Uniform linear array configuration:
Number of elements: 4
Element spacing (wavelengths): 0.25
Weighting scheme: binomial
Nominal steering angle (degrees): -30
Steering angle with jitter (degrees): -30.77
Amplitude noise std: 0.05
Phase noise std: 0.05

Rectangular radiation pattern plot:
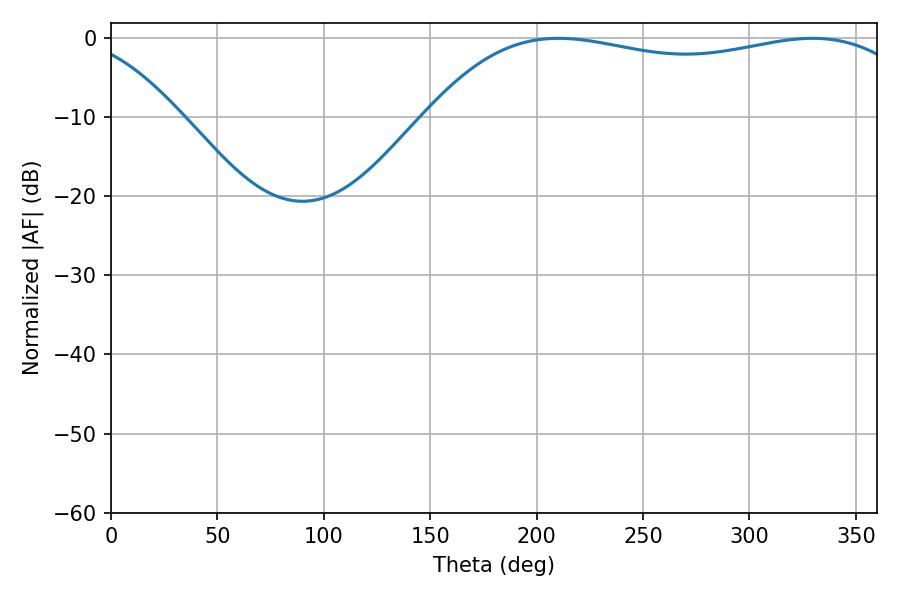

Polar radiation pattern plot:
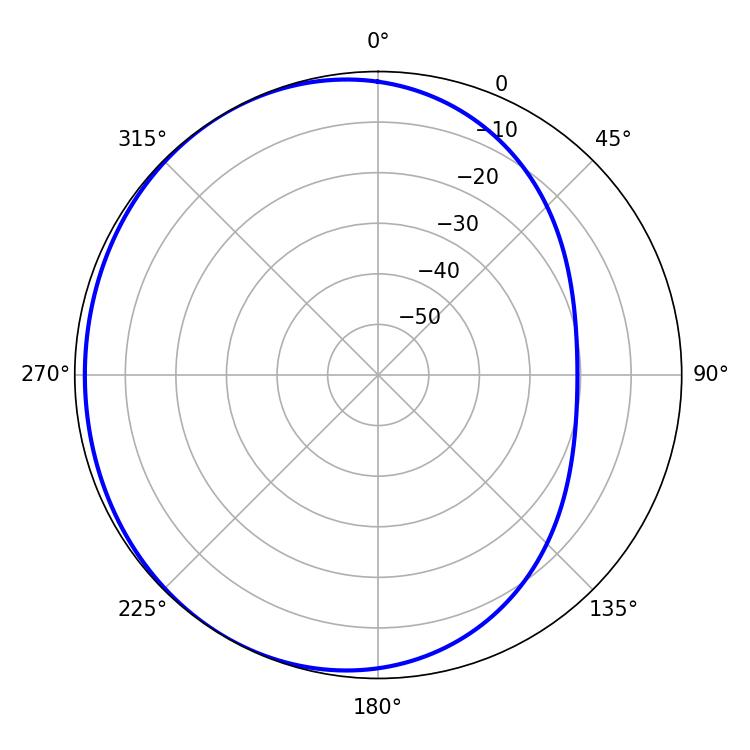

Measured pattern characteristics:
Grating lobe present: FALSE
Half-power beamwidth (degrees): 186.12
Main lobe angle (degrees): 210.24